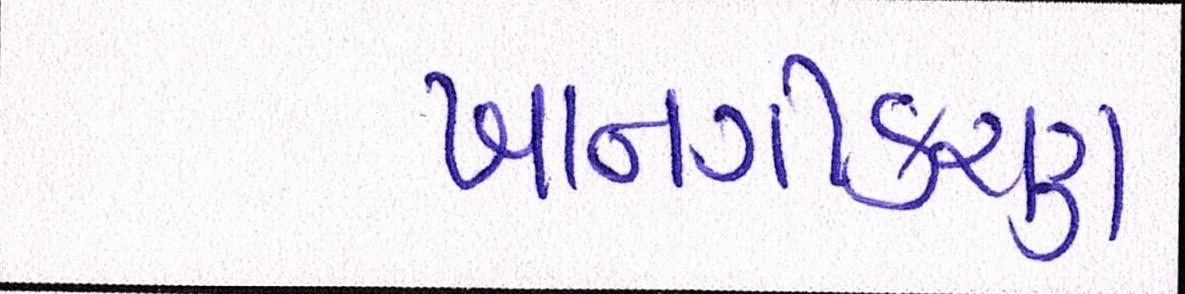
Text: ખાનગીકરણ